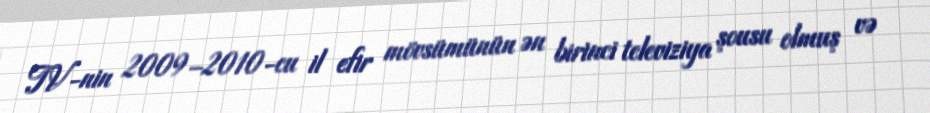
TV-nin 2009–2010-cu il efir mövsümünün ən birinci televiziya şousu olmuş və